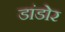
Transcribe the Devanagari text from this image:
डांडोर